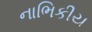
નાભિકીય